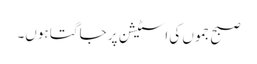
صبح جموں کی اسٹیشن پر جاگتا ہوں۔